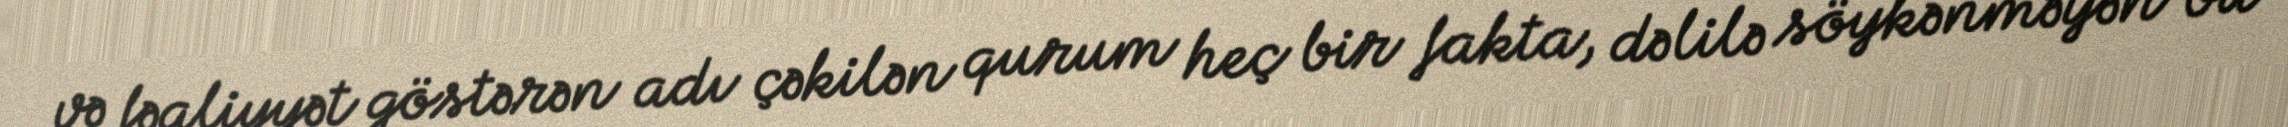
və fəaliyyət göstərən adı çəkilən qurum heç bir fakta, dəlilə söykənməyən bu